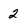
Character: 2